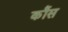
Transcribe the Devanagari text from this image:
कौंस